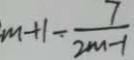
m + 1 - \frac { 7 } { 2 m - 1 }